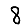
Digit: 8